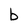
Character: b